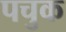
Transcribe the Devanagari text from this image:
पचुक